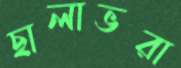
ছালাভরা